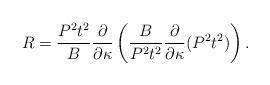
LaTeX: \begin{align*}R={P^2t^2 \over B}{\partial \over \partial\kappa}\left({B\over P^2t^2}{\partial\over \partial\kappa}(P^2t^2) \right).\end{align*}